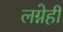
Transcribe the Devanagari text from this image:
लग्नेही